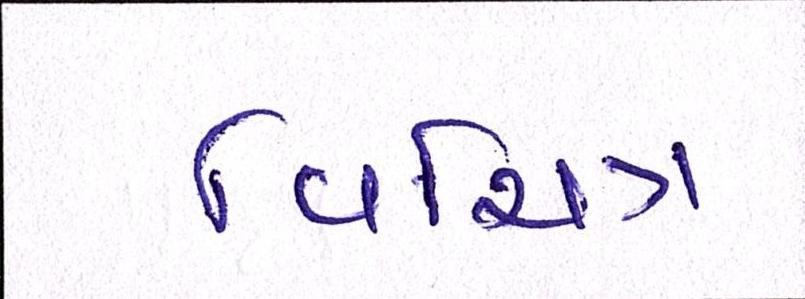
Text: વિચિત્ર